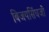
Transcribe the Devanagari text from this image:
बिजयसिंघजी